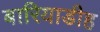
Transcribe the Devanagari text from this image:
बारियाडीह